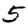
Digit: 5